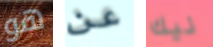
هو عن نيك